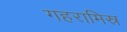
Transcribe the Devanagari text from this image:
गहरामिस्र